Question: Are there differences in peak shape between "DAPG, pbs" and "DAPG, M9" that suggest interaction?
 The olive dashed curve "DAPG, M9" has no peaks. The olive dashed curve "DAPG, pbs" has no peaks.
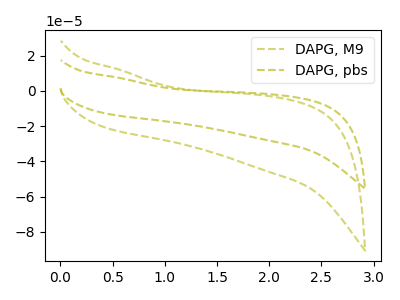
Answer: <think>Neither "DAPG, pbs" or "DAPG, M9" have any peaks.
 </think>
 <answer>No, "DAPG, pbs" and "DAPG, M9" don't appear to be significantly different in shape</answer>
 <eval>no_change</eval>